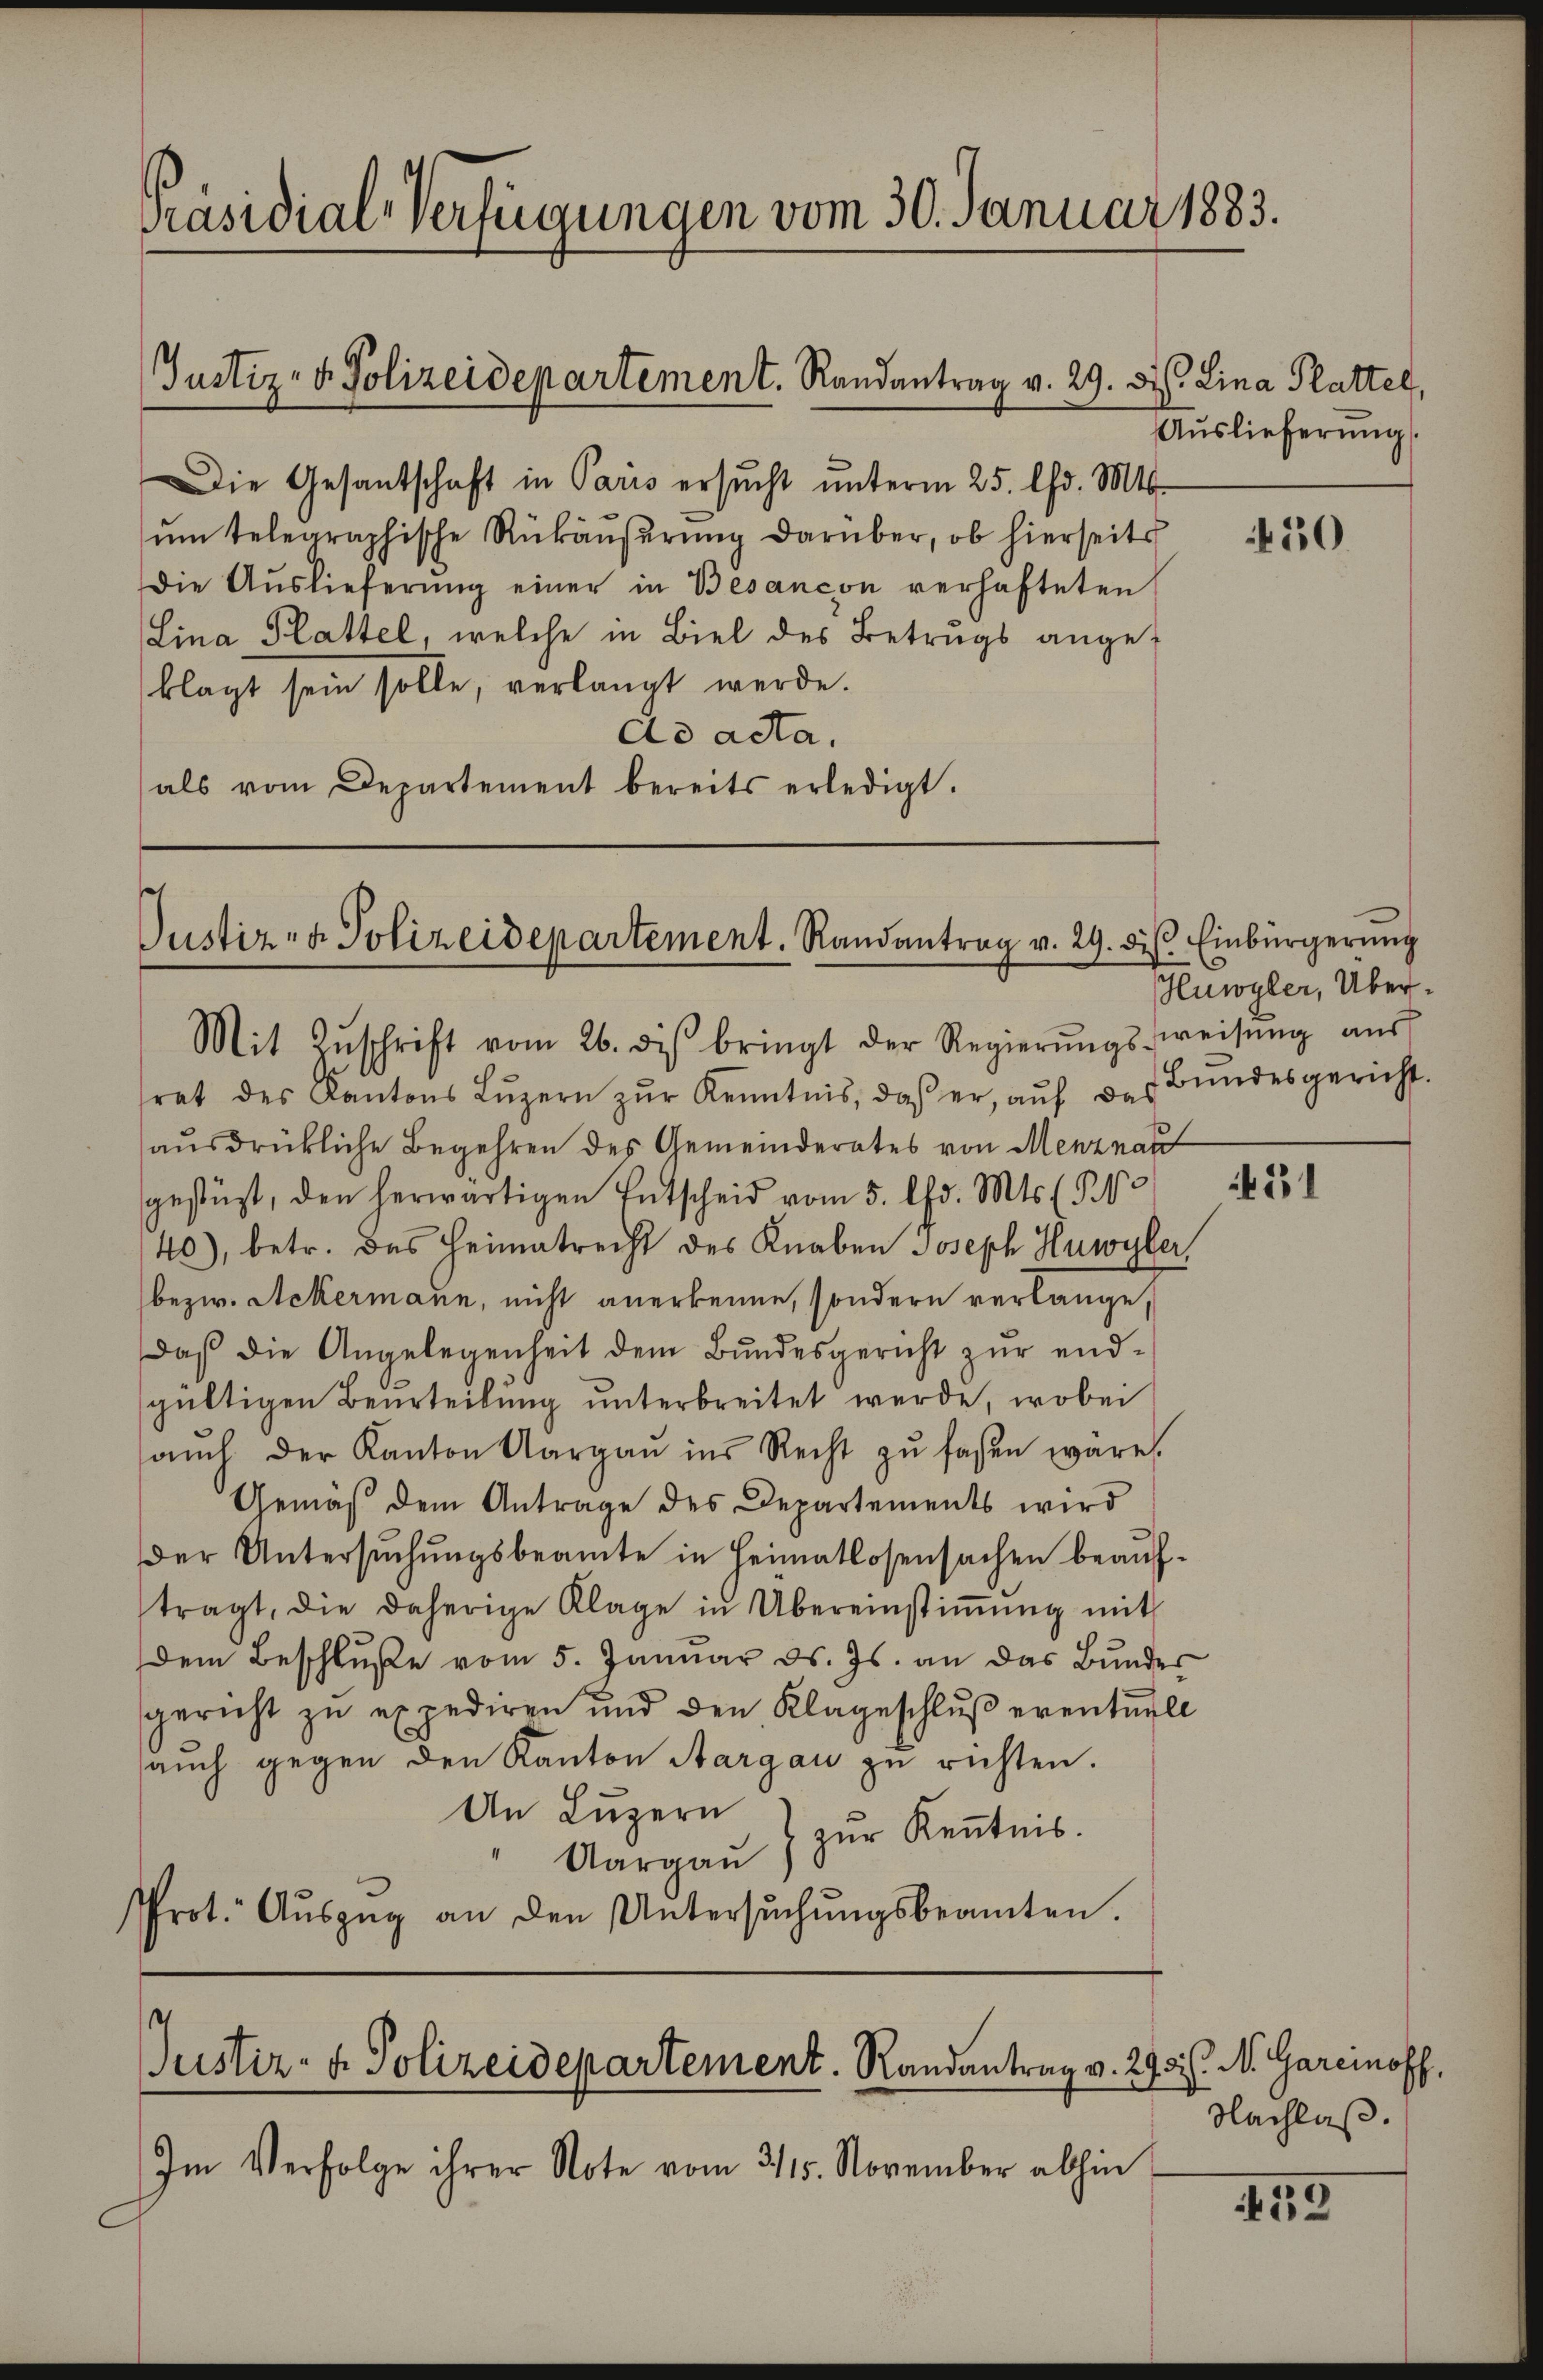
Präsidial-Verfügungen vom 30. Januar 1883.

Justiz- & Polizeidepartement. Randantrag v. 29. d. Lina Platte,

Die Gesandschaft in Paris ersŭcht ŭnterm 25. d. Mts.
ŭm telegraphische Rükäŭserŭng darüber, ob hierseits
Die Auslieferŭng einer in Besancon verhafteten
Lina Plattel, welche in Biel des Betrugs ange-
klagt sein solle, verlangt werde.
do acta.
als vom Departement bereits erledigt.

s
Justiz- & Polizeidepartement. Randantrag v. 29. ds. Einbürgerung
Mit Zŭschrift vom 26. des bringt der Regierŭngsweisŭng aŭs

Justiz- & Polizeidepartement. Randantrag v. 298 l. N. Garcinoff,

Im Verfolge ihrer Note vom 3115. November abhin

Auslieferung

rat des Kantons Lŭzern zŭr Kenntnis, daβ er, aŭf das
ausdrückliche Begehren des Gemeinderates von Menznau
gestüzt, den herwärtigen Entscheid vom 5. Chr. Mts. S. 1
40), betr. das Heimatrecht des Knaben Joseph Huwyler,
bezw. Ackermann, nicht anerkenne, sondern verlange,
Daß die Angelegenheit dem Bundesgericht zur endsgültigen Beurteilung unterbreitet werde, wobei
aŭch der Kanton Aargau ins Recht zŭ faßen wäre.
Gemäß dem Antrage des Departements wird
der Untersuchungsbeamte in Heimatlosensachen beauftragt, die daherige Klage in Übereinstiṁŭng mit
Dem Beschluße vom 5. Januar d. Js. an das Bundes
gericht zŭ expediren und den Klageschlŭβ eventuell
aŭch gegen den Kanton Aargau zu richten.
An Luzern
" Aargaŭ) zŭr Kenntnis.
Prot. Aŭszŭg an den Untersŭchŭngsbeamten.

50

luwyler, Über¬
Bundesgericht.

21

Nachlaß.

455